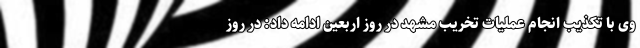
وی با تکذیب انجام عملیات تخریب مشهد در روز اربعین ادامه داد: در روز